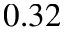
0 . 3 2